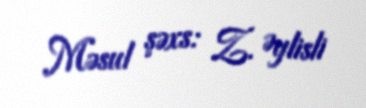
Məsul şəxs: Z. Əylisli